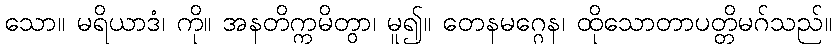
သော။ မရိယာဒံ၊ ကို။ အနတိက္ကမိတွာ၊ မူ၍။ တေနမဂ္ဂေန၊ ထိုသောတာပတ္တိမဂ်သည်။